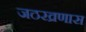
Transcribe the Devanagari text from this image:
जठरव्रणास